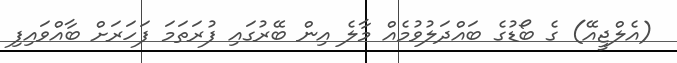
(އެލްޖީއޭ) ގެ ބޯޑުގެ ބައްދަލުވުމެއް މާލެ އިން ބޭރުގައި ފުރަތަމަ ފަހަރަށް ބާއްވައިފި